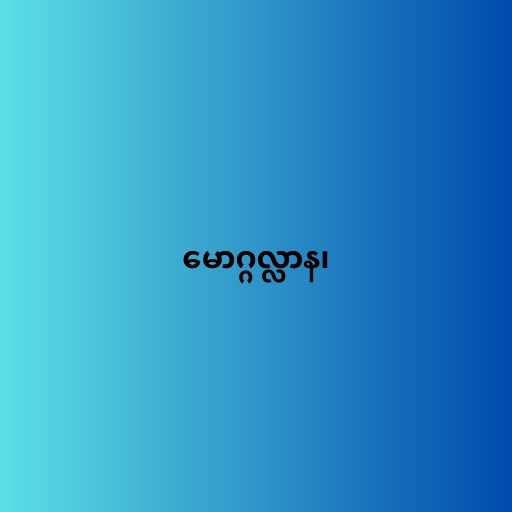
မောဂ္ဂလ္လာန၊